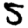
Digit: 5